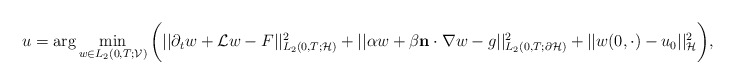
\begin{align*}u=\arg\min_{w\in L_2(0,T;\mathcal{V})}\bigg( || \partial_t w + \mathcal{L}w -F||^2_{L_2(0,T;\mathcal{H})} + || \alpha w +\beta\mathbf{n}\cdot \nabla w- g ||^2_{L_2(0,T;\partial \mathcal{H})} + || w(0,\cdot) - u_0 ||^2_{\mathcal{H}}\bigg),\end{align*}